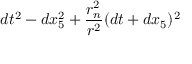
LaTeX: d t ^ { 2 } - d x _ { 5 } ^ { 2 } + { \frac { r _ { n } ^ { 2 } } { r ^ { 2 } } } ( d t + d x _ { 5 } ) ^ { 2 }